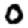
Digit: 0